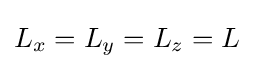
L_{x}=L_{y}=L_{z}=L